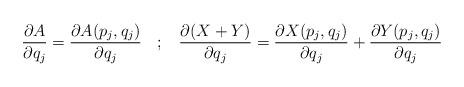
LaTeX: \begin{align*}\frac{\partial A}{\partial q_{j}}=\frac{\partial A(p_{j},q_{j})}{\partial q_{j}}\:\:\:\:;\:\:\:\:\frac{\partial (X+Y)}{\partial q_{j}}=\frac{\partial X(p_{j},q_{j})}{\partial q_{j}}+\frac{\partial Y(p_{j},q_{j})}{\partial q_{j}}\end{align*}